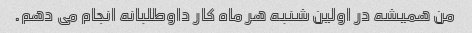
من همیشه در اولین شنبه هر ماه کار داوطلبانه انجام می دهم.